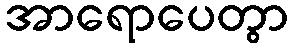
အာရောပေတွာ